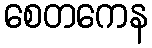
စေတကေန